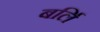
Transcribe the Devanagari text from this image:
बर्लि